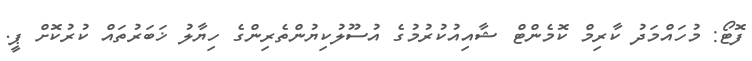
ފޮޓޯ: މުހައްމަދު ކާރިމް ކޮމެންޓް ޝާއިއުކުރުމުގެ އުސޫލުކިޔުންތެރިންގެ ހިޔާލު ޚަބަރުތައް ކުރުކޮށް ޕީ.